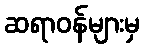
ဆရာဝန်များမှ